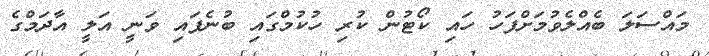
މައްސަލަ ބެއްލެވުމަށްފަހު ހައި ކޯޓުން ކުރި ހުކުމްގައި ބުނެފައި ވަނީ އަލީ އާދަމްގެ